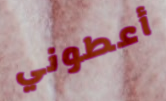
أعطوني